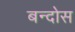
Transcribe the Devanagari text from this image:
बन्दोस